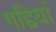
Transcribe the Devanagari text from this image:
गद्दियां